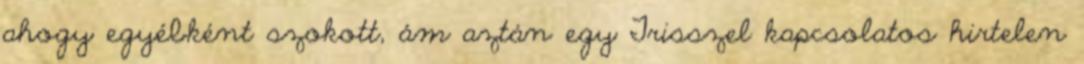
ahogy egyébként szokott, ám aztán egy Trisszel kapcsolatos hirtelen